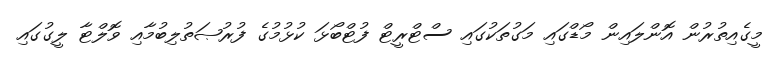
މީގެއިތުރުން އޮންލައިން މޯޑްގައި މަގުތަކުގައި ސްޓްރީޓް ފުޓްބޯޅަ ކުޅުމުގެ ފުރުޞަތުލިބުމާއި ވޮލްޓާ ލީގުގައި